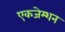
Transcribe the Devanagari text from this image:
एकजेम्शन